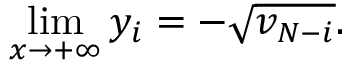
\operatorname * { l i m } _ { x \rightarrow + \infty } y _ { i } = - \sqrt { v _ { N - i } } .